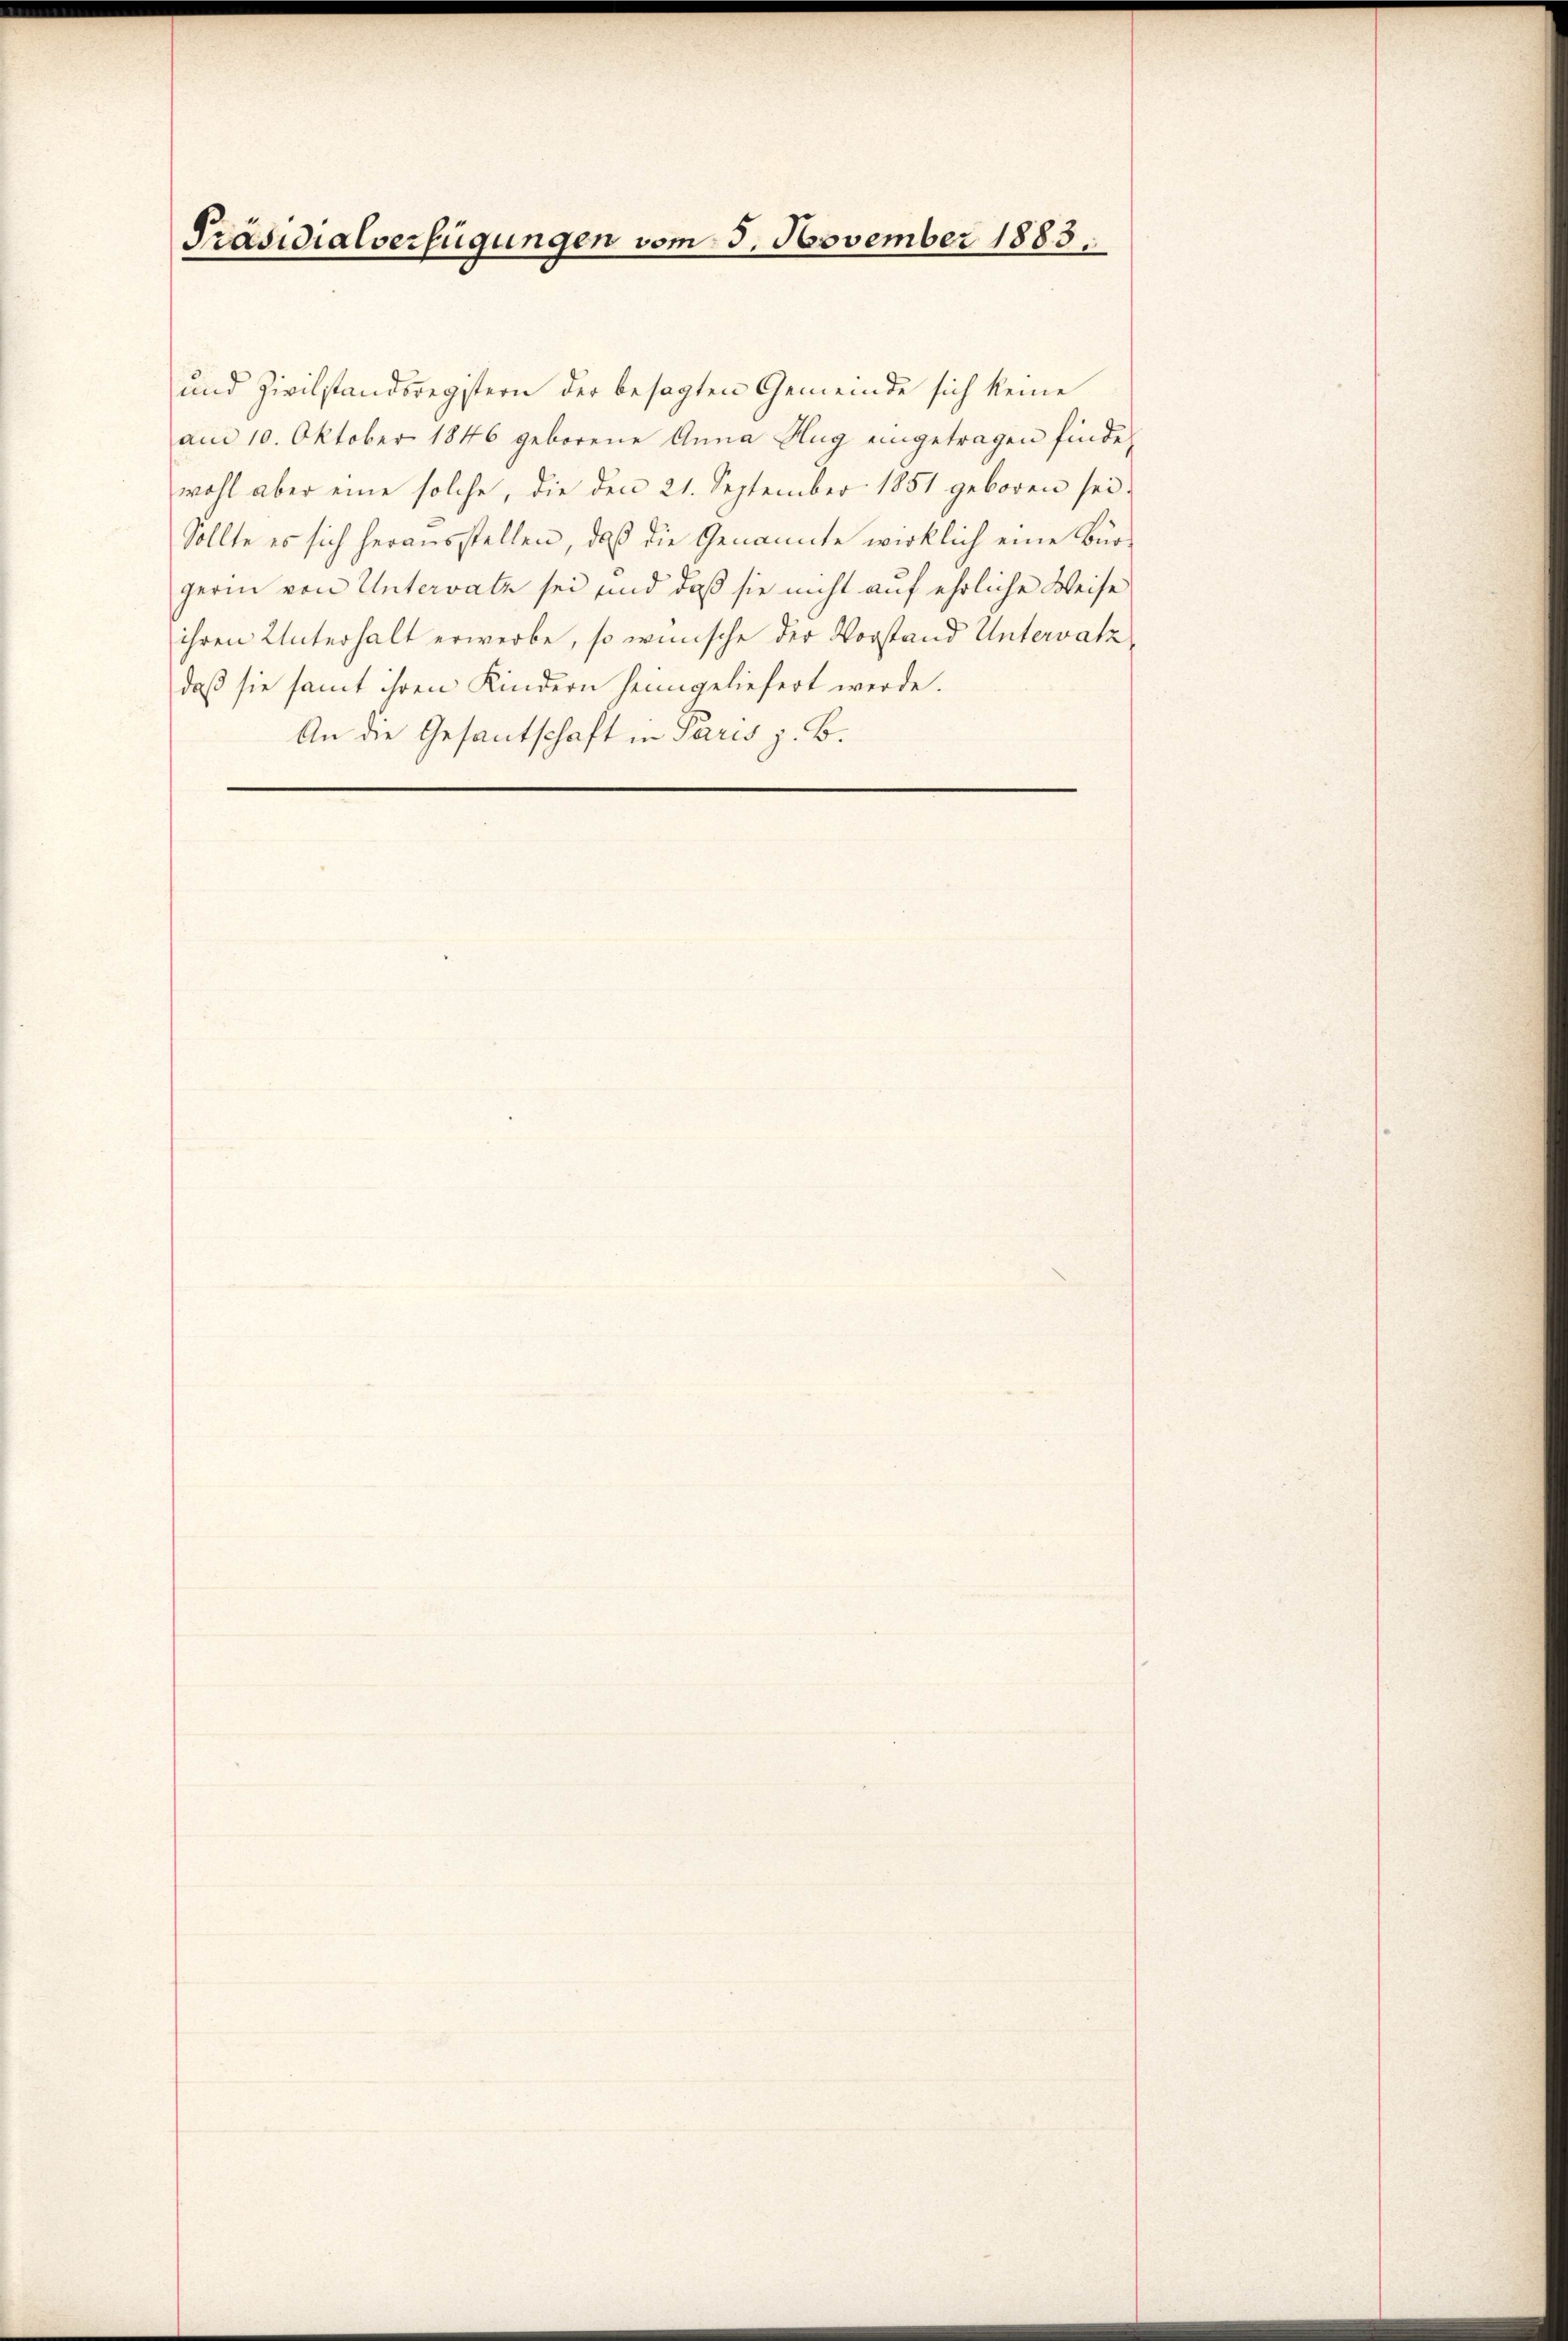
Präsidialverfügungen vom 5. November 1883.

und Zivilstandsregistern der besagten Gemeinde sich keine
am 10. Oktober 1846 geborene Anna Hug eingetragen finde.
wohl aber eine solche, die den 21. September 1851 geboren sei.
Sollte es sich herausstellen, daß die Genannte wirklich eine Bürgerin von Untervatz sei und daß sie nicht auf ehrliche Weise
ihren Unterhalt erwerbe, so wünsche der Vorstand Untervatzdaß sie samt ihren Kindern heimgeliefert werde.
An die Gesantschaft in Paris z. B.